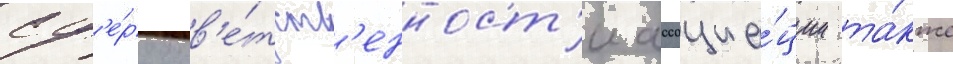
сф'е́ру отв'е́тств'енност'и ассоциа́ции та́кже